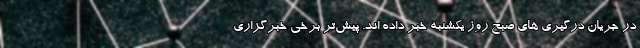
در جریان درگیری های صبح روز یکشنبه خبر داده اند. پیش‌تر برخی خبرگزاری